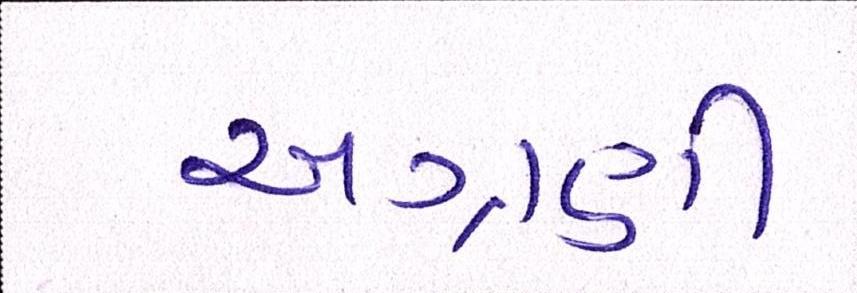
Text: અગ્રણી